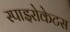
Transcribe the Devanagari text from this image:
स्पाइरोकेटस